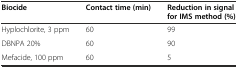
<table><thead><tr><td><b>Biocide</b></td><td><b>Contact time (min)</b></td><td><b>Reduction in signal for IMS method (%)</b></td></tr></thead><tbody><tr><td>Hyplochlorite, 3 ppm</td><td>60</td><td>99</td></tr><tr><td>DBNPA 20%</td><td>60</td><td>90</td></tr><tr><td>Mefacide, 100 ppm</td><td>60</td><td>5</td></tr></tbody></table>